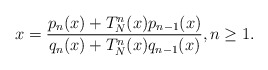
\begin{align*}x = \frac{p_n(x) + T^n_N(x)p_{n-1}(x)}{q_n(x) + T^n_N(x)q_{n-1}(x)}, n \geq 1. \end{align*}